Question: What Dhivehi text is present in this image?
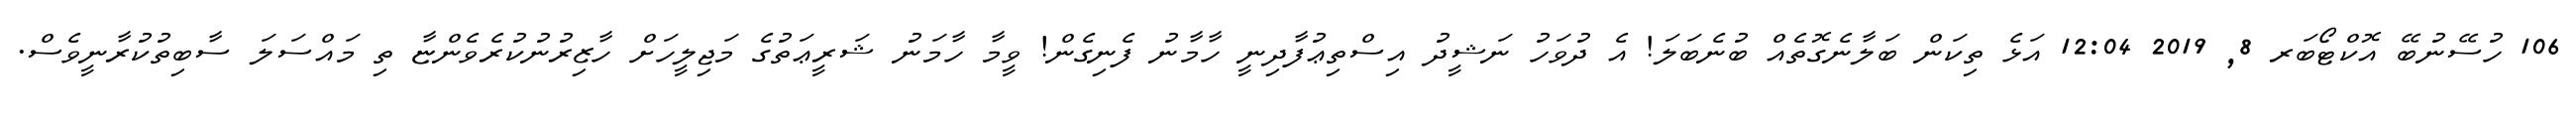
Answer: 106 ހުސޭނުބޭ އޮކްޓޯބަރ 8, 2019 12:04 އަޅެ ތިކަން ބަލާނެގޮތެއް ބުނެބަލަ! އެ ދުވަހު ނަޝީދު އިސްތިޢުފާދިނީ ހާމާނު ފެނިގެން! ވީމާ ހާމަނު ޝަރީޢަތުގެ މަޖިލީހަށް ހާޒިރުނުކުރެވެންޏާ ތި މައްސަލަ ސާބިތުކުރާނީވެސް.